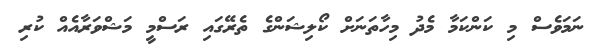
ނަމަވެސް މި ކަންކަމާ މެދު މިހާތަނަށް ކޯލިޝަންގެ ތެރޭގައި ރަސްމީ މަޝްވަރާއެއް ކުރި